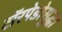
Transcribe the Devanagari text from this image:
टॉरपेडोसुद्धा